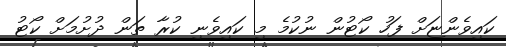
ކައިވެންޏަށް ފަހު ކޯޓުން ނުކުމެ މި ކައިވެނި ކުރާ ތަން ދުށުމަށް ކޯޓު